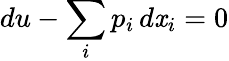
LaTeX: du-\sum_{i}p_{i}\, d\mathit{x}_{i}=0